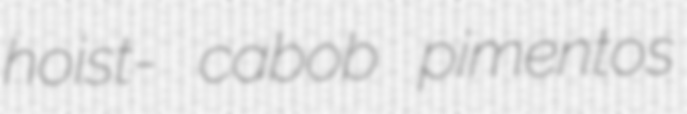
hoist- cabob pimentos